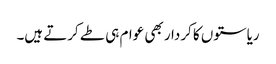
ریاستوں کا کردار بھی عوام ہی طے کرتے ہیں۔